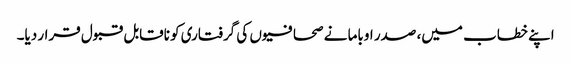
اپنے خطاب میں، صدر اوباما نے صحافیوں کی گرفتاری کو ناقابل قبول قرار دیا۔